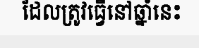
ដែលត្រូវធ្វើនៅឆ្នាំនេះ